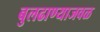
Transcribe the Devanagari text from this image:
बुलढाण्याजवळ